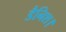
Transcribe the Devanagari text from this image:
डैनिश।